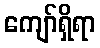
ကျော်ရှိရာ